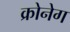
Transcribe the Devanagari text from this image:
क्रोनेग